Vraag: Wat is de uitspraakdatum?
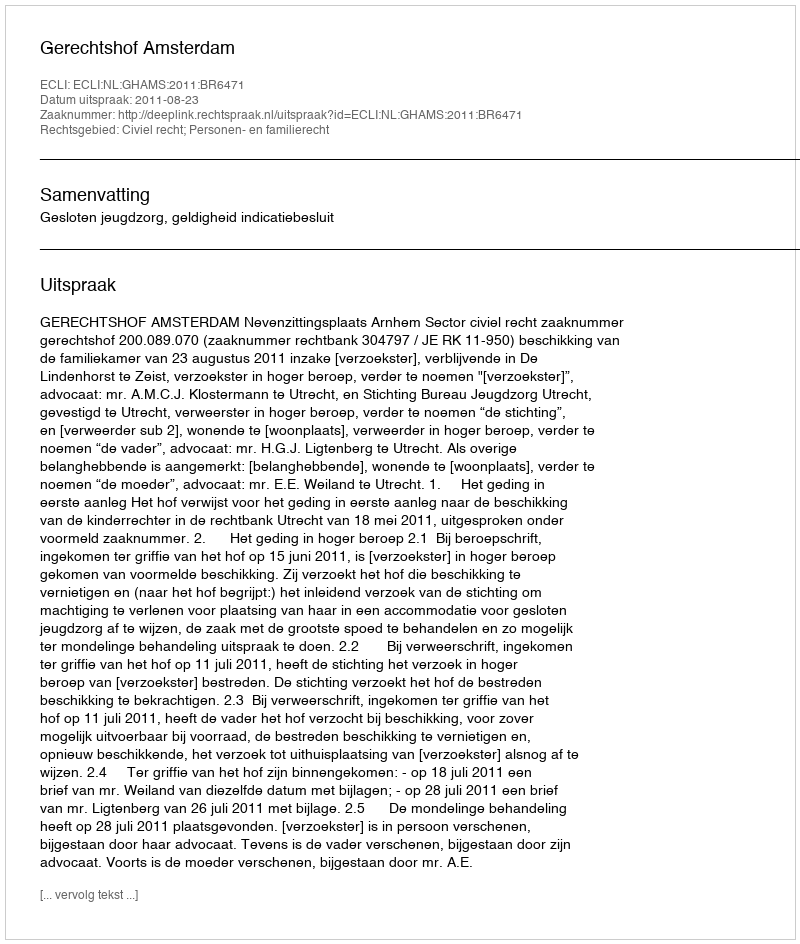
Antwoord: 2011-08-23